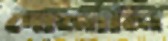
দোলালি